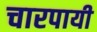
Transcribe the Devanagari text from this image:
चारपायी